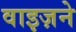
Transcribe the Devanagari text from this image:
वाइज़ने